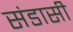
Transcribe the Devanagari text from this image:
संडासी